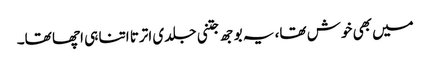
میں بھی خوش تھا، یہ بوجھ جتنی جلدی اترتا اتنا ہی اچھا تھا۔